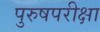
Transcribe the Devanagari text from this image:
पुरुषपरीक्षा